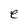
Character: e